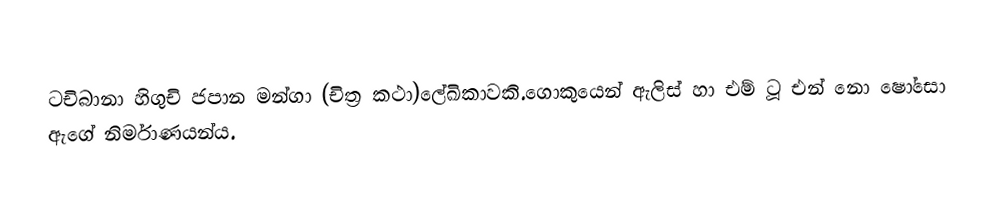
ටචිබානා හිගුචි ජපාන මන්ගා (චිත්‍ර කථා)ලේඛිකාවකි.ගොකුයෙන් ඇලිස් හා එම් ටූ එන් නො ෂෝසො ඇගේ නිර්මාණයන්ය.